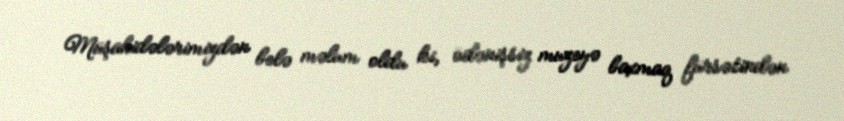
Müşahidələrimizdən belə məlum oldu ki, ödənişsiz muzeyə baxmaq fürsətindən